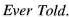
Ever Told.